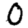
Digit: 0